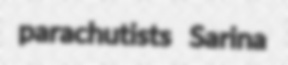
parachutists Sarina